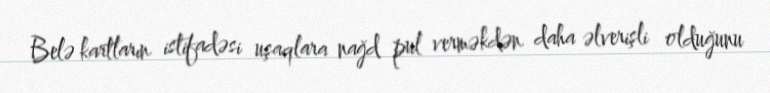
Belə kartların istifadəsi uşaqlara nağd pul verməkdən daha əlverişli olduğunu